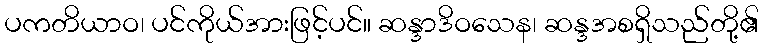
ပကတိယာဝ၊ ပင်ကိုယ်အားဖြင့်ပင်။ ဆန္ဒာဒိဝသေန၊ ဆန္ဒအစရှိသည်တို့၏